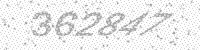
Solution: 362847